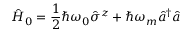
\hat { H } _ { 0 } = \frac { 1 } { 2 } \hbar \omega _ { 0 } \hat { \sigma } ^ { z } + \hbar \omega _ { m } \hat { a } ^ { \dagger } \hat { a }